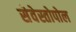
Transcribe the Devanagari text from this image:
सेवेस्तोपोल